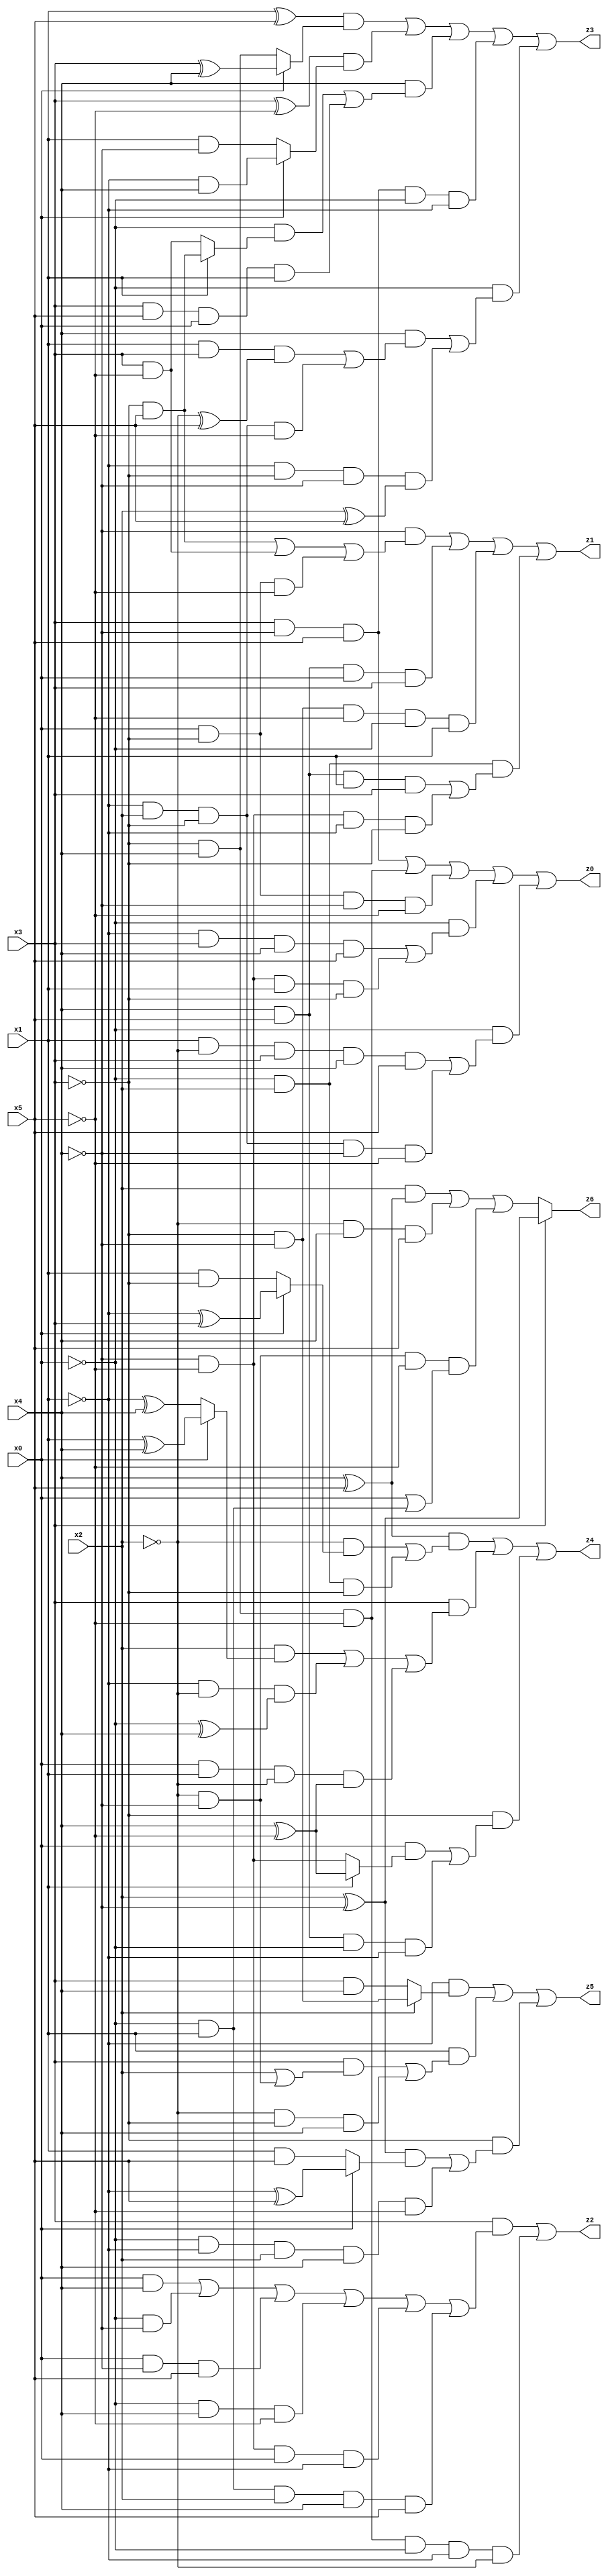
// Benchmark "X_27" written by ABC on Thu Jun 29 21:18:50 2023

module X_80 ( 
    x0, x1, x2, x3, x4, x5,
    z0, z1, z2, z3, z4, z5, z6  );
  input  x0, x1, x2, x3, x4, x5;
  output z0, z1, z2, z3, z4, z5, z6;
  assign z0 = (x3 & ~x4 & x5) | (~x3 & x4 & ~x5) | (x0 & ~x3 & ~x4 & ~x5) | (~x0 & ((~x1 & x3 & x4 & x5) | (~x4 & ~x5 & x1 & ~x3))) | (~x0 & ((x1 & ~x2 & x3 & x4 & x5) | (~x1 & x2 & ~x3 & ~x4 & ~x5)));
  assign z1 = (~x4 & ((~x3 & x5) | (x3 & ~x5) | (x0 & ~x3 & ~x5))) | (x4 & x5 & x0 & x3) | (~x3 & ~x4 & ~x5 & ~x0 & x1) | (~x0 & x2 & ((x4 & x5 & x1 & x3) | (~x4 & ~x5 & ~x1 & ~x3)));
  assign z2 = (x3 & ((x0 & x4) | (~x0 & ~x4) | (x0 & ~x4 & x5) | (~x0 & x4 & ~x5) | (~x4 & ~x5 & x0 & ~x1) | (~x0 & x1 & x2 & x4 & x5))) | (~x3 & x4 & ~x5 & ~x0 & ~x1 & ~x2);
  assign z3 = ((x1 ^ x5) & (x0 ? (x3 ^ x4) : (~x3 & x4))) | ((x3 ^ ~x5) & (x0 ? (~x1 & x4) : (x1 & ~x4))) | (x4 & ((~x0 & (x1 ? (~x3 & x5) : (x3 & ~x5))) | (x3 & x5 & x0 & x1))) | (x3 & ~x4 & x5 & ~x0 & ~x1) | (~x0 & ((x4 & ((x1 & x3 & (~x2 ^ x5)) | (~x1 & x2 & ~x3 & ~x5))) | (~x1 & ~x3 & ~x4 & (x2 ^ x5))));
  assign z4 = ((x4 ^ x5) & ((~x2 & (x0 ? (~x1 ^ x3) : (x1 & ~x3))) | (~x0 & x2 & ~x3))) | (x3 & ((x2 & (x0 ? (x1 ^ x4) : (~x1 ^ x4))) | (~x1 & ~x2 & (~x0 ^ x4)) | (x0 & x1 & ~x2 & (x4 ^ ~x5)))) | (~x3 & ((x0 & (x1 ? (x4 ^ ~x5) : (~x4 & ~x5))) | (x4 & x5 & ~x0 & ~x1)));
  assign z5 = (~x1 & (x2 ? (~x3 & ~x4) : (x3 & x4))) | (x1 & ((x3 & (x2 | (~x2 & ~x4))) | (~x2 & ~x3 & x4))) | (~x3 & (((x2 ^ ~x4) & (x0 ? (~x1 ^ x5) : (x1 & x5))) | (~x0 & ~x1 & x2 & x4 & ~x5)));
  assign z6 = x3 ? (x2 ^ ~x4) : ((x2 & (x4 ^ x5)) | (~x2 & x4 & x5) | (~x2 & ~x4 & ~x5 & (x0 | (~x0 & x1))));
endmodule